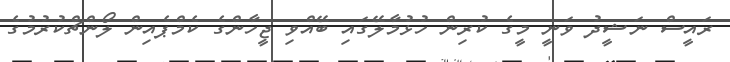
ރައީސް ނަޝީދު ވަނީ މީގެ ކުރިން ހުޅުމާލޭގައި ބޭއްވި ޖީހާންގެ ކެމްޕެއިން ލޯންޗްކުރުމުގެ